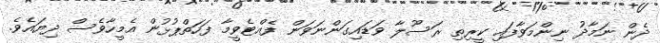
ދެން ނަމާދު ނިންމަވާފައި ކީރިތި ރަސޫލާ ވަޑައިގަންނަވަން ފެއްޓެވީމާ ފަހަތްޕުޅުން އެމީހާވެސް ދިޔައެވެ.